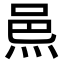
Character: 𨚋